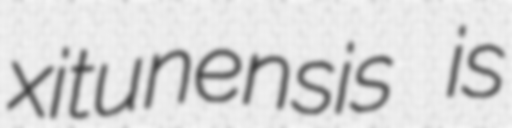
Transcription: xitunensis is